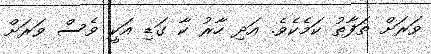
ވަރަށް ތަފާތު ކަމެކެވެ. އަދި ހާރު ކާ ގަޑި އަކީ ވެސް ވަރަށް